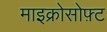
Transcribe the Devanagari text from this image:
माइक्रोसोफ़्ट